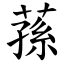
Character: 蓀